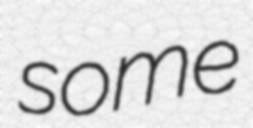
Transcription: some